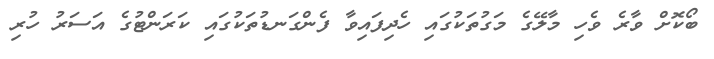
ބޯކޮށް ވާރެ ވެހި މާލޭގެ މަގުތަކުގައި ހެދިފައިވާ ފެންގަނޑުތަކުގައި ކަރަންޓުގެ އަސަރު ހުރި